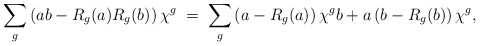
\begin{align*}\sum_g \left( ab - R_g(a) R_g(b)\right) \chi^g \; = \; \sum_g\left(a- R_g(a)\right) \chi^g b + a \left(b -R_g(b) \right) \chi^g,\end{align*}